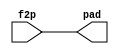
//
//--------------------------------------------------------------------------------
//          THIS FILE WAS AUTOMATICALLY GENERATED BY THE GENESIS2 ENGINE        
//  FOR MORE INFORMATION: OFER SHACHAM (CHIP GENESIS INC / STANFORD VLSI GROUP)
//    !! THIS VERSION OF GENESIS2 IS NOT FOR ANY COMMERCIAL USE !!
//     FOR COMMERCIAL LICENSE CONTACT SHACHAM@ALUMNI.STANFORD.EDU
//--------------------------------------------------------------------------------
//
//  
//	-----------------------------------------------
//	|            Genesis Release Info             |
//	|  $Change: 11904 $ --- $Date: 2013/08/03 $   |
//	-----------------------------------------------
//	
//
//  Source file: /home/akashl/CGRAGenerator/hardware/generator_z/pad_ring/fixed_io.vp
//  Source template: fixed_io
//
// --------------- Begin Pre-Generation Parameters Status Report ---------------
//
//	From 'generate' statement (priority=5):
// Parameter is_input 	= 0
//
//		---- ---- ---- ---- ---- ---- ---- ---- ---- ---- ----
//
//	From Command Line input (priority=4):
//
//		---- ---- ---- ---- ---- ---- ---- ---- ---- ---- ----
//
//	From XML input (priority=3):
//
//		---- ---- ---- ---- ---- ---- ---- ---- ---- ---- ----
//
//	From Config File input (priority=2):
//
// ---------------- End Pre-Generation Pramameters Status Report ----------------

// is_input (_GENESIS2_INHERITANCE_PRIORITY_) = 0
//


module fixed_io_unq2 (
output pad,
input f2p
);

  assign pad = f2p;


endmodule